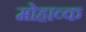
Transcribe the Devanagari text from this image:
मोहाव्क